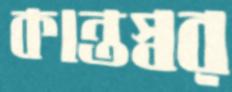
কান্তস্বর